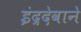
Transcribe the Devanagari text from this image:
इंद्रदेवाने